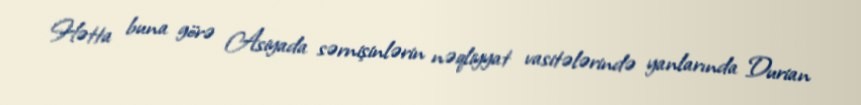
Hətta buna görə Asiyada sərnişinlərin nəqliyyat vasitələrində yanlarında Durian